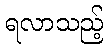
ရလာသည့်